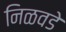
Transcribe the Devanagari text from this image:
निळवडे